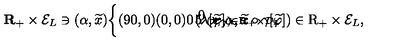
{ \bf R } _ { + } \times { \cal E } _ { L } \ni ( \alpha , \widetilde { x } ) { \left\{ \begin{picture} { ( 9 0 , 0 ) ( 0 , 0 ) \put ( 5 , 3 ) { \vector ( 1 , 0 ) { 8 0 } } \put ( 1 5 , 1 0 ) { \scriptstyle ( \lambda , \gamma ) \in { \bf R } _ { + } \times { \cal D } _ { L } } } \\ \end{picture} \right. } ( \lambda [ \widetilde { \varphi } ] \alpha , \widetilde { x } \circ \gamma [ \widetilde { \varphi } ] ) \in \mathrm { \boldmath R } _ { + } \times { \cal E } _ { L } ,